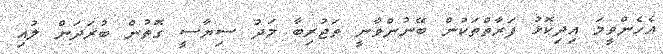
އެހެންވީމަ އިދިކޮޅު ފަރާތްތަކުން ބޭނުންވާނީ ތަޖުރިބާ މަދު ސިޔާސީ ގޮތުން ބުރަދަން ލުއި